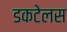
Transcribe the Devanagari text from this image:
डकटेलस